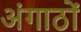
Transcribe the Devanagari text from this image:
अंगाठों